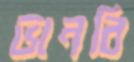
ভানবি